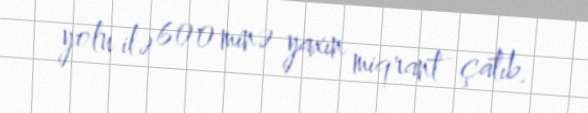
yolu ilə 600 minə yaxın miqrant çatıb.